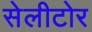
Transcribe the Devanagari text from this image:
सेलीटोर